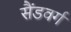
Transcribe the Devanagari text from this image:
सैंडवर्ग